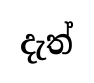
දැත්